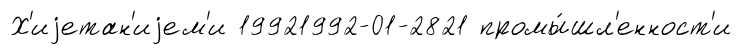
Х'иjетан'иjем'и 19921992-01-2821 промы́шл'енност'и